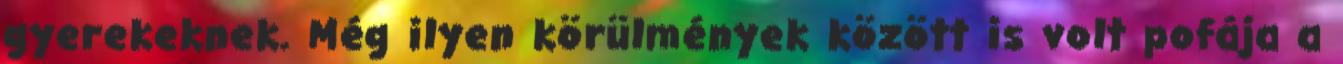
gyerekeknek. Még ilyen körülmények között is volt pofája a